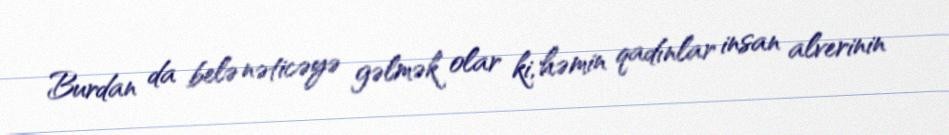
Burdan da belə nəticəyə gəlmək olar ki, həmin qadınlar insan alverinin